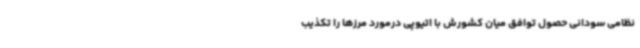
نظامی سودانی حصول توافق میان کشورش با اتیوپی درمورد مرزها را تکذیب